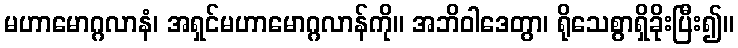
မဟာမောဂ္ဂလာနံ၊ အရှင်မဟာမောဂ္ဂလာန်ကို။ အဘိဝါဒေတွာ၊ ရိုသေစွာရှိခိုးပြီး၍။